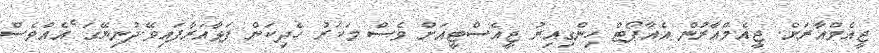
ޖީއެމްއާރަށް. ޖީއެމްއާރުން އެއާޕޯޓް ހިންގިއިރު ޖީއެސްޓީއަށް ވެސް މަކަރު ހެދިކަން ފަޅާއަރާފައިވޭ.ދުނިޔޭގަ ެއެއްވެސް